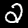
Label: 2